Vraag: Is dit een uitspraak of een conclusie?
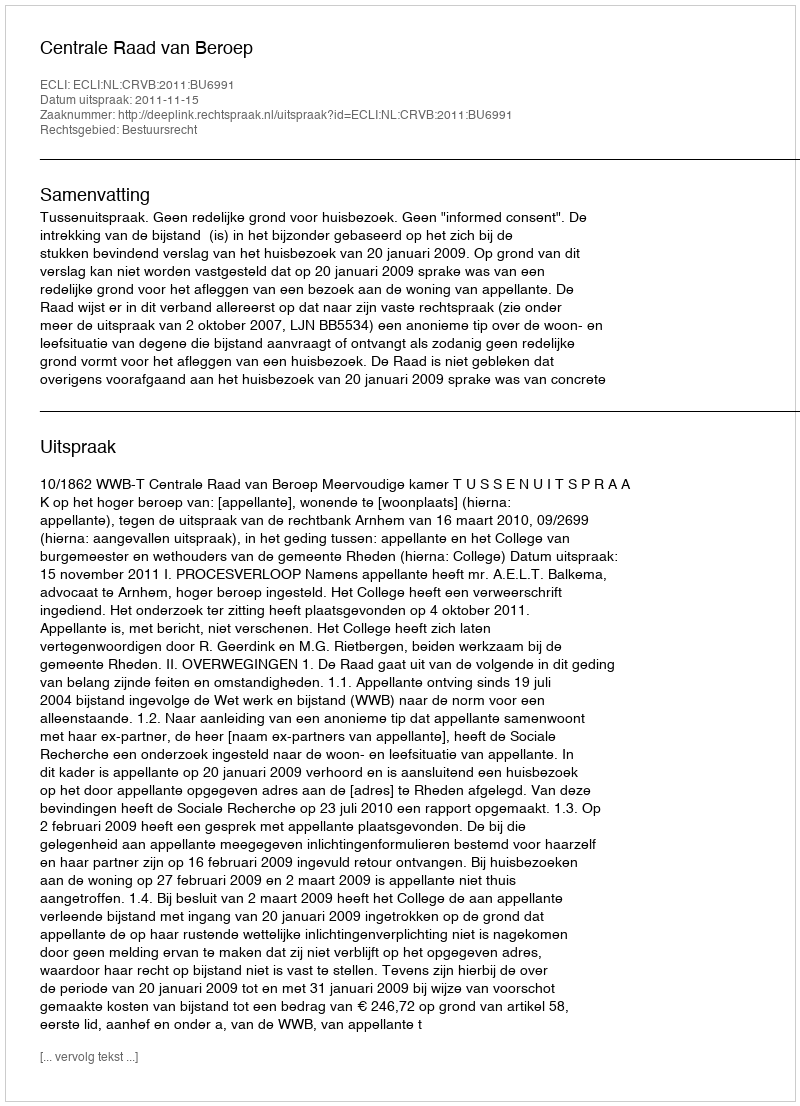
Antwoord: Uitspraak